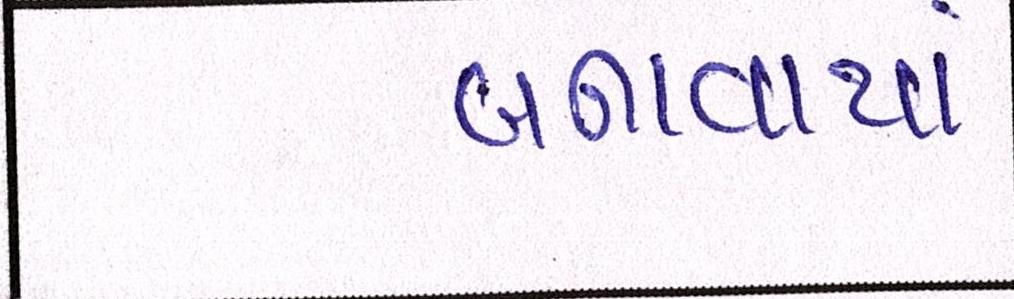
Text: બનાવાયાં